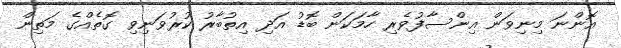
އޮންނަ މިނިވަން އިންސާފުވެރި ހާމަކަން ބޮޑު އަދި އިތުބާރު ކުރުވަނިވި ގޮތެއްގެ މަތިން